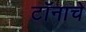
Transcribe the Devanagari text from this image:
टॉनाचे